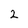
Character: 2